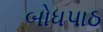
બોધપાઠ